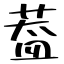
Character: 葢